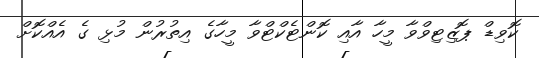
ކޮވިޑް ޕޮޒިޓިވްވާ މީހާ އާއި ކޮންޓެކްޓްވާ މީހާގެ އިތުރުން މުޅި ގެ އެއްކޮށް